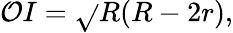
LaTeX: \mathcal{O}I={\sqrt{}{{R(R-2r)}}},